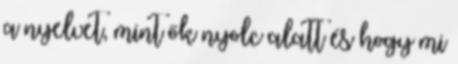
a nyelvet, mint ők nyolc alatt és hogy mi